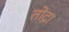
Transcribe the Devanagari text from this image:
तोद्ना